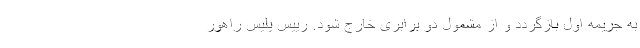
به جریمه اول بازگردد و از مشمول دو برابری خارج شود. رییس پلیس راهور